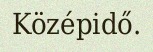
Középidő.